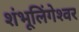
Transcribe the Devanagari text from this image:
शंभूलिंगेश्‍वर